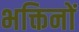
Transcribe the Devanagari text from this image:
भक्तिनों